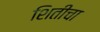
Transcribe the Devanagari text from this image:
शितीचा